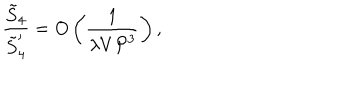
LaTeX: \frac { \tilde { S } _ { 4 } } { \tilde { S } _ { 4 } ^ { \prime } } = O \left( \frac { 1 } { \lambda V { \cal P } ^ { 3 } } \right) ,